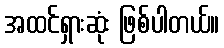
အထင်ရှားဆုံး ဖြစ်ပါတယ်။